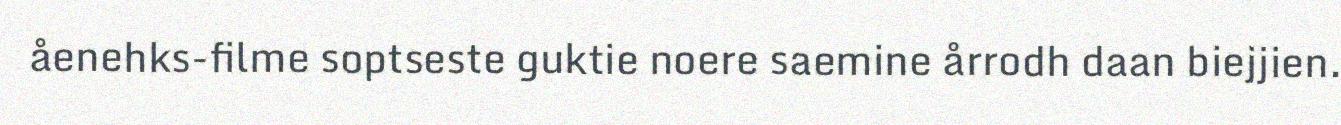
åenehks-filme soptseste guktie noere saemine årrodh daan biejjien.